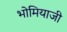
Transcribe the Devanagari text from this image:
भोमियाजी